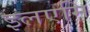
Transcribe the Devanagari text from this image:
इलएमि